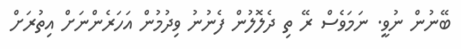
ބޭނުން ނުވީ. ނަމަވެސް ރޭ ތި ދެލޮލުން ފެނުނު ވިދުމުން އަހަރެންނަށް އިތުރަށް